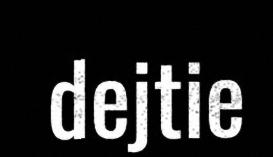
dejtie